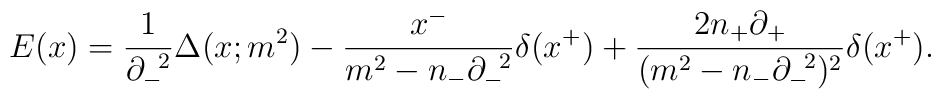
E(x)=\frac{1}{{\partial}_-^{\;\;2}}{\Delta}(x;m^2)-\frac{x^-}{m^2-n_-{\partial}_-^{\;\;2}}{\delta}(x^+)+\frac{2n_+{\partial}_+}{(m^2-n_-{\partial}_-^{\;\;2})^2}{\delta}(x^+).